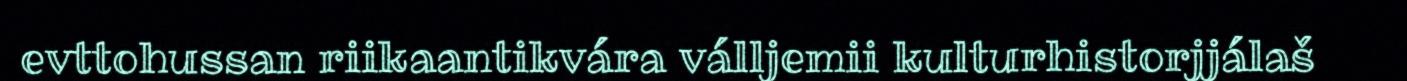
evttohussan riikaantikvára válljemii kulturhistorjjálaš